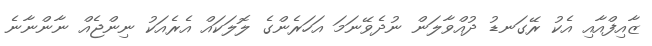
ޒާއިފްއާއި އެކު ރޭގަނޑު ދުއްވާލަން ނުދެވޭނަމަ އަހަރެންގެ ލޮލަކައް އެރެއަކު ނިންޖެއް ނާންނާނެ